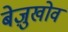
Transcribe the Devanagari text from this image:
बेज़ुखोव